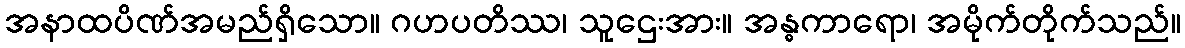
အနာထပိဏ်အမည်ရှိသော။ ဂဟပတိဿ၊ သူဌေးအား။ အန္ဓကာရော၊ အမိုက်တိုက်သည်။